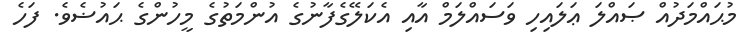
މުޙައްމަދުއް ޞައްލަ ޢަލައިހި ވަސައްލަމް އާއި އެކަލޭގެފާނުގެ އުންމަތުގެ މީހުންގެ ޙައުޟެވެ. ފަހެ